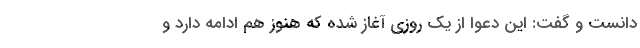
دانست و گفت: این دعوا از یک روزی آغاز شده که هنوز هم ادامه دارد و